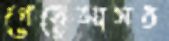
গেয়েআসর